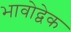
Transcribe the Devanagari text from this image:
भावोद्वेक